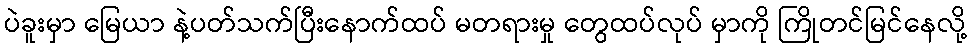
ပဲခူးမှာ မြေယာ နဲ့ပတ်သက်ပြီးနောက်ထပ် မတရားမှု တွေထပ်လုပ် မှာကို ကြိုတင်မြင်နေလို့